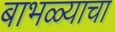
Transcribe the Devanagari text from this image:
बाभळ्याचा